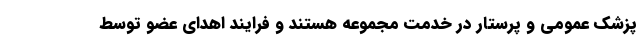
پزشک عمومی ‌و پرستار در خدمت مجموعه هستند و فرایند اهدای عضو توسط